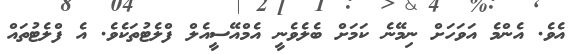
އެވެ. އެންމެ އަވަހަށް ނިމޭނެ ކަމަށް ބެލެވެނީ އެމްއޭސީއެލް ފްލެޓުތަކެވެ. އެ ފްލެޓުތައް